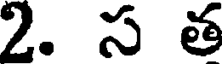
2. స త